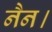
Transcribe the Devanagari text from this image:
नैन।